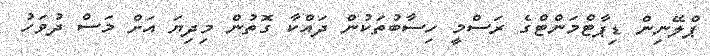
ޕްލޭނިން ޑިޕާޓްމަންޓްގެ ރަސްމީ ހިސާބުތަކުން ދައްކާ ގޮތުން މިދިޔަ އަށް މަސް ދުވަހު